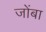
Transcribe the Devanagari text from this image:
जोंबा